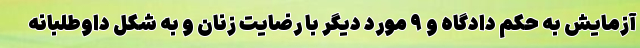
آزمایش به حکم دادگاه و ۹ مورد دیگر با رضایت زنان و به شکل داوطلبانه